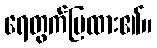
ရေတွက်ပြထား၏။